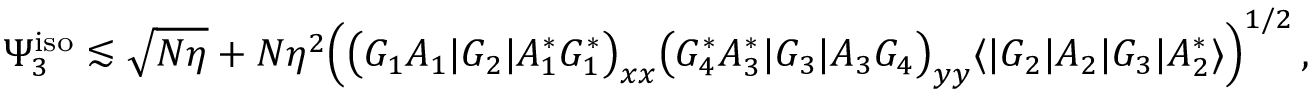
\Psi _ { 3 } ^ { \mathrm { i s o } } \lesssim \sqrt { N \eta } + N \eta ^ { 2 } \Big ( \big ( G _ { 1 } A _ { 1 } | G _ { 2 } | A _ { 1 } ^ { * } G _ { 1 } ^ { * } \big ) _ { \boldsymbol { x } \boldsymbol { x } } \big ( G _ { 4 } ^ { * } A _ { 3 } ^ { * } | G _ { 3 } | A _ { 3 } G _ { 4 } \big ) _ { \boldsymbol { y } \boldsymbol { y } } \langle | G _ { 2 } | A _ { 2 } | G _ { 3 } | A _ { 2 } ^ { * } \rangle \Big ) ^ { 1 / 2 } \, ,